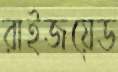
রাইজয়েড